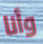
وأنا